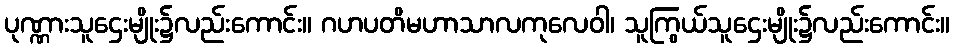
ပုဏ္ဏားသူဌေးမျိုး၌လည်းကောင်း။ ဂဟပတိမဟာသာလကုလေဝါ၊ သူကြွယ်သူဌေးမျိုး၌လည်းကောင်း။